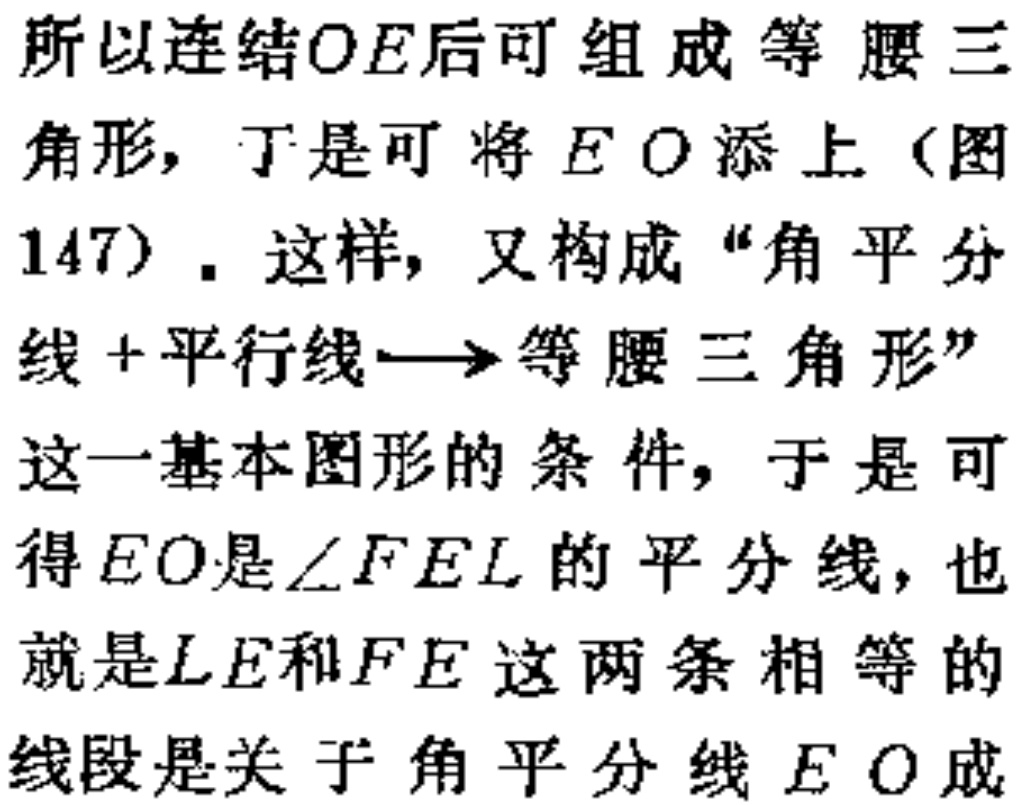
所以连结$OE$后可组成等腰三角形，于是可将$EO$添上（图147）. 这样，又构成“角平分线+平行线$\longrightarrow$等腰三角形”这一基本图形的条件，于是可得$EO$是$\angle FEL$的平分线，也就是$LE$和$FE$这两条相等的线段是关于角平分线$EO$成